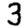
Digit: 3